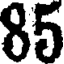
85